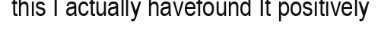
this I actually havefound It positively